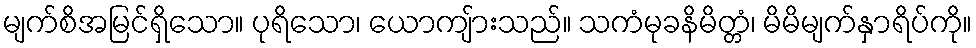
မျက်စိအမြင်ရှိသော။ ပုရိသော၊ ယောကျ်ားသည်။ သကံမုခနိမိတ္တံ၊ မိမိမျက်နှာရိပ်ကို။